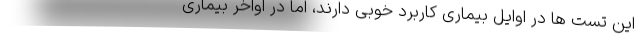
این تست ها در اوایل بیماری کاربرد خوبی دارند، اما در اواخر بیماری